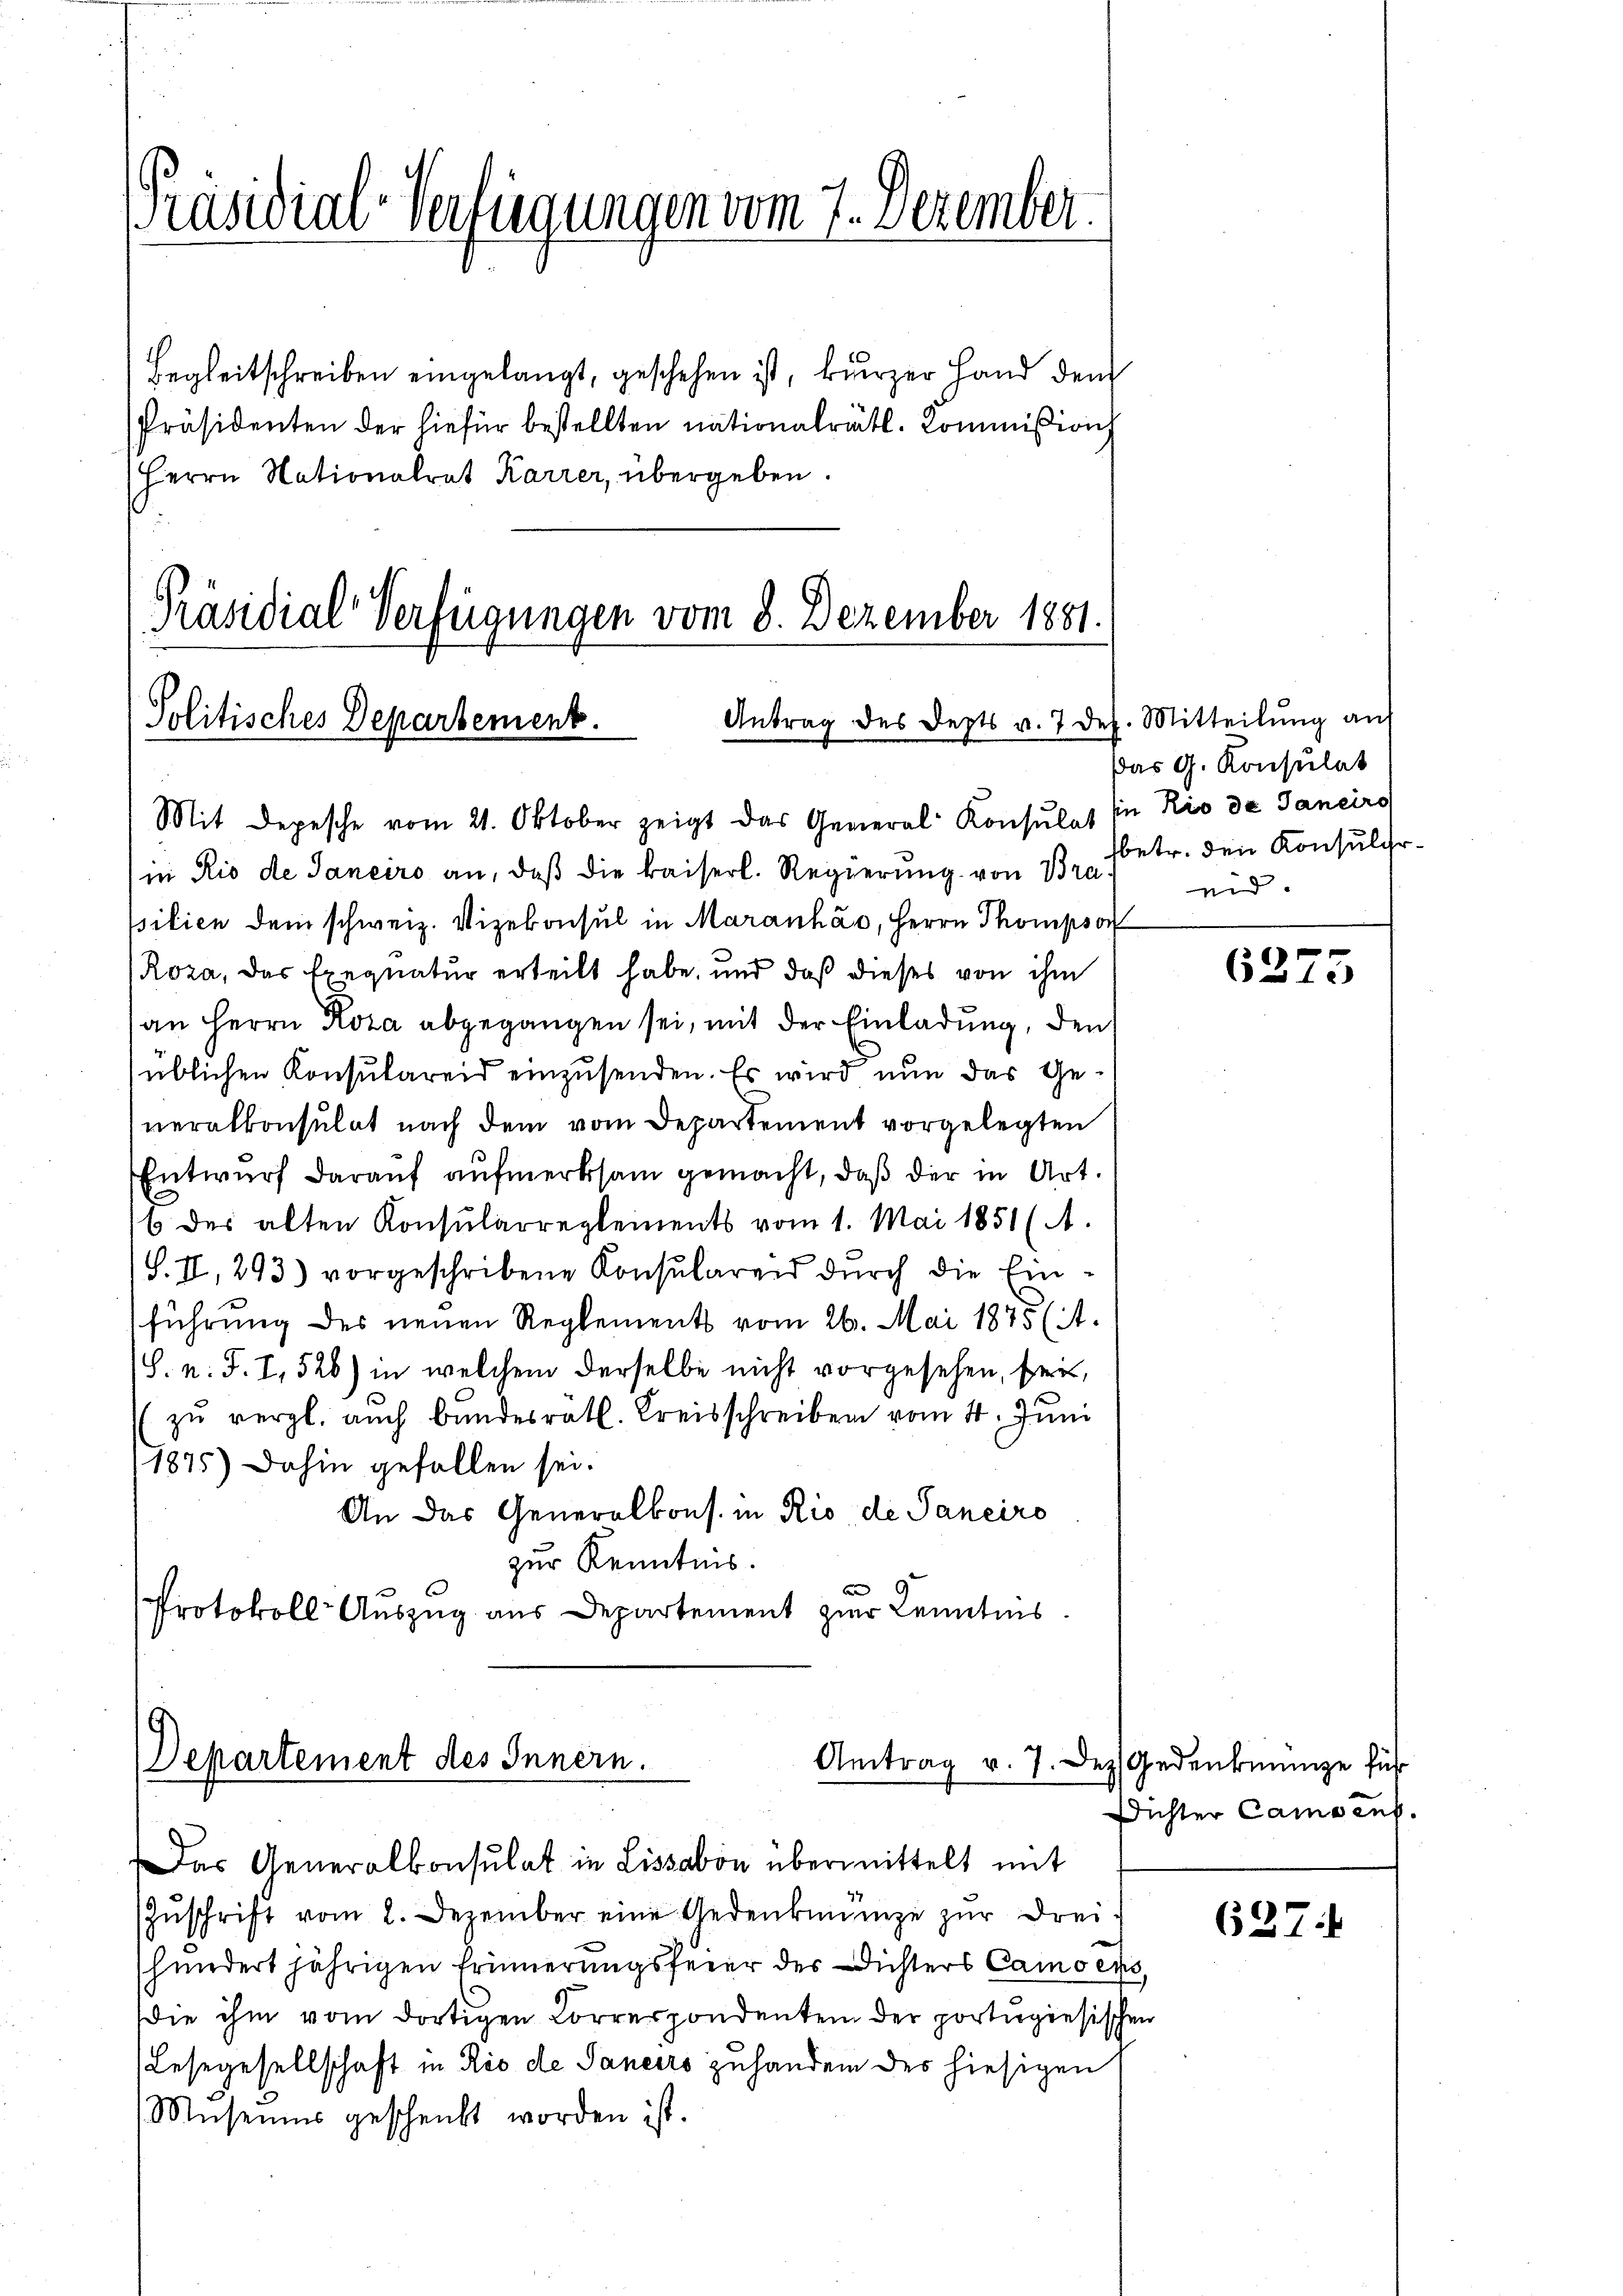
Präsidial-Verfügungen vom 7. Dezember.

Begleitschreiben eingelangt, geschehen ist, kurzer Hand dem
Präsidenten der hiefür bestellten nationalrätl. Kommißion
Herrn Nationalrat Karrer, übergeben.

Präsidial-Verfügungen vom 8. Dezember 1881.
Antrag des Depts v. 7 des. Mitteilung an
Politisches Departement.

in Rio de Janeiro an, daß die kaiserl. Regierung von Bra
pilien dem schweiz. Vizekonsul in Maranháo, Herrn Thompsor
Roza, das Exequatur erteilt habe, und daß dieses von ihm
an Herrn Koza abgegangen sei, mit der Einladung, den
üblichen Konsulareid einzusenden. Es wird nun das Generalkonsulat nach dem vom Departement vorgelegten
Entwurf darauf aufmerksam gemacht, daß der in Art.
6 des alten Konsularreglements vom 1. Mai 1851 (A.
/S. II, 293) vorgeschribene Konsularen dŭrch die Einführung des neuen Reglements vom 26. Mai 1875 (i.
S. n. F. I, 526) in welchem derselbe nicht vorgesehen, sei,
zŭ vergl. auch bŭndesrath. Kreisschreiben vom 4. Juni
1875) Dahin gefallen sei.
An das Generalkons. in Rio de Janeiro
zur Kenntnis.
d
Protokoll Auszug aus Departement zur Kenntnis

Mit Depesche vom 21. Oktober zeigt das General Konsulat sie Rio de Janeiro

Departement des Innern.
Antrag v. 7. De
Das Generalkonsulat in Lissabon übermittelt mit

Zŭschrift vom 2. Dezember eine Gedenkmünze zŭr drei
hnndert jährigen Erinnerungsfeier des Dichters Camoens,
Die ihm vom dortigen Korrespondenten der portigiesischen
Lesegesellschaft in Rio de Saneiro zuhanden des hiesigen
Museums geschenkt worden ist.

Das G. Konsulat
fbetr. den Konsulchreid.

6273

Gedenkenge führ
Dichter Campens.

627.